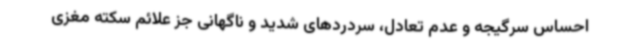
احساس سرگیجه و عدم تعادل، سردردهای شدید و ناگهانی جز علائم سکته مغزی